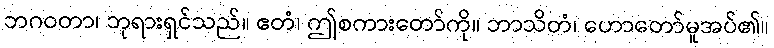
ဘဂဝတာ၊ ဘုရားရှင်သည်။ ဧတံ၊ ဤစကားတော်ကို။ ဘာသိတံ၊ ဟောတော်မူအပ်၏။